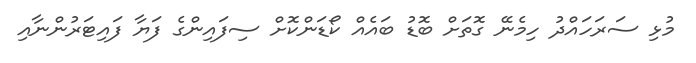
މުޅި ސަރަހައްދު ހިމެނޭ ގޮތަށް ބޮޑު ބައެއް ކޯޑަންކޮށް ސިފައިންގެ ފަޔާ ފައިޓަރުންނާއި